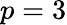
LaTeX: p=3